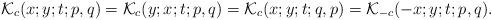
LaTeX: \begin{align*}\mathcal{K}_c(x;y;t;p,q)=\mathcal{K}_c(y;x;t;p,q)=\mathcal{K}_c(x;y;t;q,p)=\mathcal{K}_{-c}(-x;y;t;p,q).\end{align*}